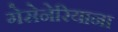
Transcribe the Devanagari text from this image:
गेसेनेरियाना